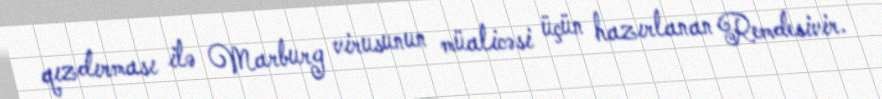
qızdırması ilə Marburg virusunun müalicəsi üçün hazırlanan Remdesivir.